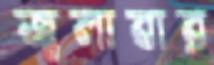
জ্বলাবার